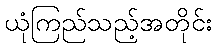
ယုံကြည်သည့်အတိုင်း